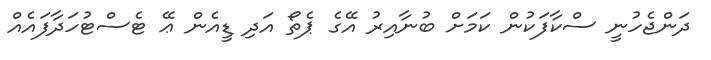
ދަންޖެހުނީ ސްކާފަކުން ކަމަށް ބުނާއިރު އޭގެ ޕެތޯ އަދި ޑީއެން ޢޭ ޓެސްޓުހަދާފައެއް